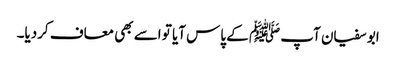
ابو سفیان آپ ﷺ کے پاس آیا تو اسے بھی معاف کردیا۔